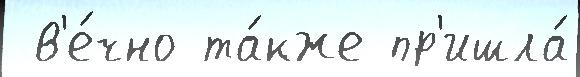
 в'е́чно та́кже пр'ишла́